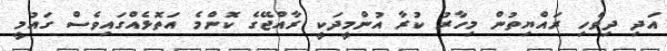
އަދި ދިވެހި ރައްޔިތުން މިހާރު ކުރާ އުންމީދަކީ ރާއްޖޭގެ ކޮންމެ އަތޮޅެއްގައިވެސް ގައުމީ